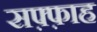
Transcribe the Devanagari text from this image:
सफ़्फ़ाह